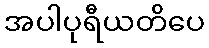
အပါပုရီယတိပေ